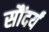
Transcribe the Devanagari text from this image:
सौंदर्यं